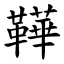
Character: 鞾